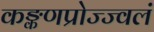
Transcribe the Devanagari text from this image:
कङ्कणप्रोज्ज्वलं